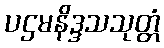
ပဌမနိဒ္ဒသသုတ္တံ